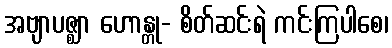
အဗျာပဇ္ဈာ ဟောန္တု- စိတ်ဆင်းရဲ ကင်းကြပါစေ၊